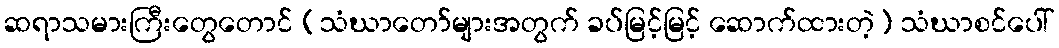
ဆရာသမားကြီးတွေတောင် (သံဃာတော်များအတွက် ခပ်မြင့်မြင့် ဆောက်ထားတဲ့) သံဃာစင်ပေါ်